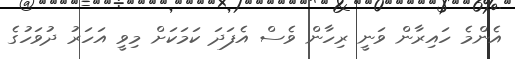
އެންމެ ހައިރާން ވަނީ ރިހާން ވެސް އެފަދަ ކަމަކަށް މިވީ އަހަރު ދުވަހުގެ